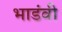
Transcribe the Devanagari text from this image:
भाडंवी